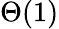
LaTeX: \Theta(1)